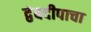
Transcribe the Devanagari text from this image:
द्वंबदीपाचा